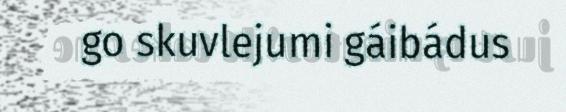
go skuvlejumi gáibádus